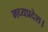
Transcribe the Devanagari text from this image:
मध्‍यप्रदेश।